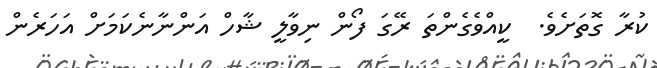
ކުރާ ގޮތަށެވެ.  ކީއްވެގެންތަ ރޭގަ ފޯން ނިވާލީ ޝާހް އަންނާނެކަމަށް އަހަރެން